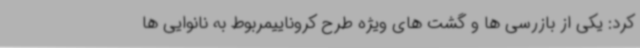
کرد: یکی از بازرسی ها و گشت های ویژه طرح کروناییمربوط به نانوایی ها